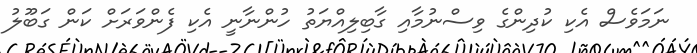
ނަމަވެސް އެކި ކުދިންގެ ވިސްނުމާއި ގާބިލިއްޔަތު ހުންނާނީ އެކި ފެންވަރަށް ކަން ގަބޫލު